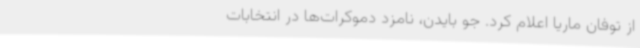
از توفان ماریا اعلام کرد. جو بایدن، نامزد دموکرات‌ها در انتخابات